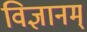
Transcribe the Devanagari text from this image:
विज्ञानम्